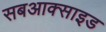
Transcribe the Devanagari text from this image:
सबआक्साइड